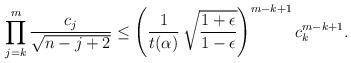
LaTeX: \begin{align*}\prod_{j = k}^m \frac{c_j}{\sqrt{n - j + 2}} \le \left( \frac{1}{t(\alpha)}\, \sqrt{\frac{1 + \epsilon}{1 - \epsilon}} \right)^{m - k + 1} c_k^{m - k + 1}.\end{align*}